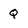
Character: q